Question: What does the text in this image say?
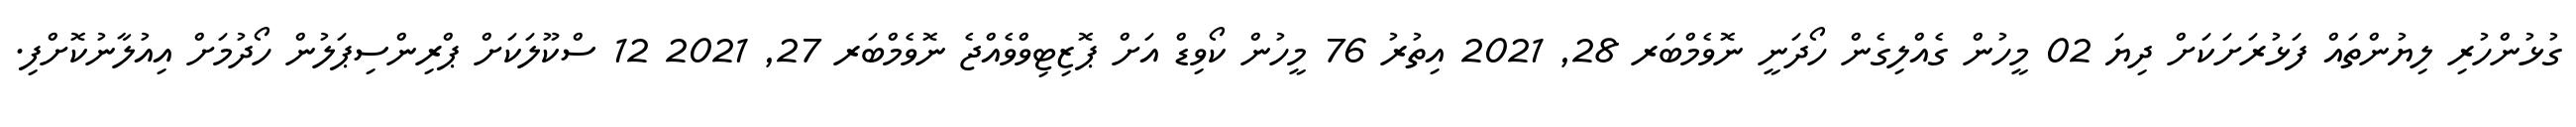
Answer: ގުޅުންހުރި ލިޔުންތައް ފަޅުރަށަކަށް ދިޔަ 02 މީހުން ގެއްލިގެން ހޯދަނީ ނޮވެމްބަރ 28, 2021 އިތުރު 76 މީހުން ކޯވިޑް އަށް ޕޮޒިޓިވްވެއްޖެ ނޮވެމްބަރ 27, 2021 12 ސްކޫލަކަށް ޕްރިންސިޕަލުން ހޯދުމަށް އިއުލާނުކޮށްފި.